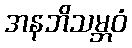
အနဘိသမ္ဘဝံ